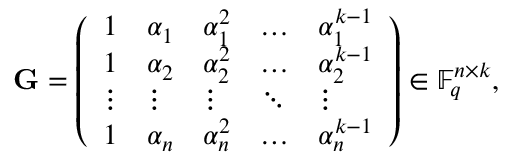
\mathbf { G } = \left( \begin{array} { l l l l l } { 1 } & { \alpha _ { 1 } } & { \alpha _ { 1 } ^ { 2 } } & { \hdots } & { \alpha _ { 1 } ^ { k - 1 } } \\ { 1 } & { \alpha _ { 2 } } & { \alpha _ { 2 } ^ { 2 } } & { \hdots } & { \alpha _ { 2 } ^ { k - 1 } } \\ { \vdots } & { \vdots } & { \vdots } & { \ddots } & { \vdots } \\ { 1 } & { \alpha _ { n } } & { \alpha _ { n } ^ { 2 } } & { \hdots } & { \alpha _ { n } ^ { k - 1 } } \end{array} \right) \in \mathbb { F } _ { q } ^ { n \times k } ,